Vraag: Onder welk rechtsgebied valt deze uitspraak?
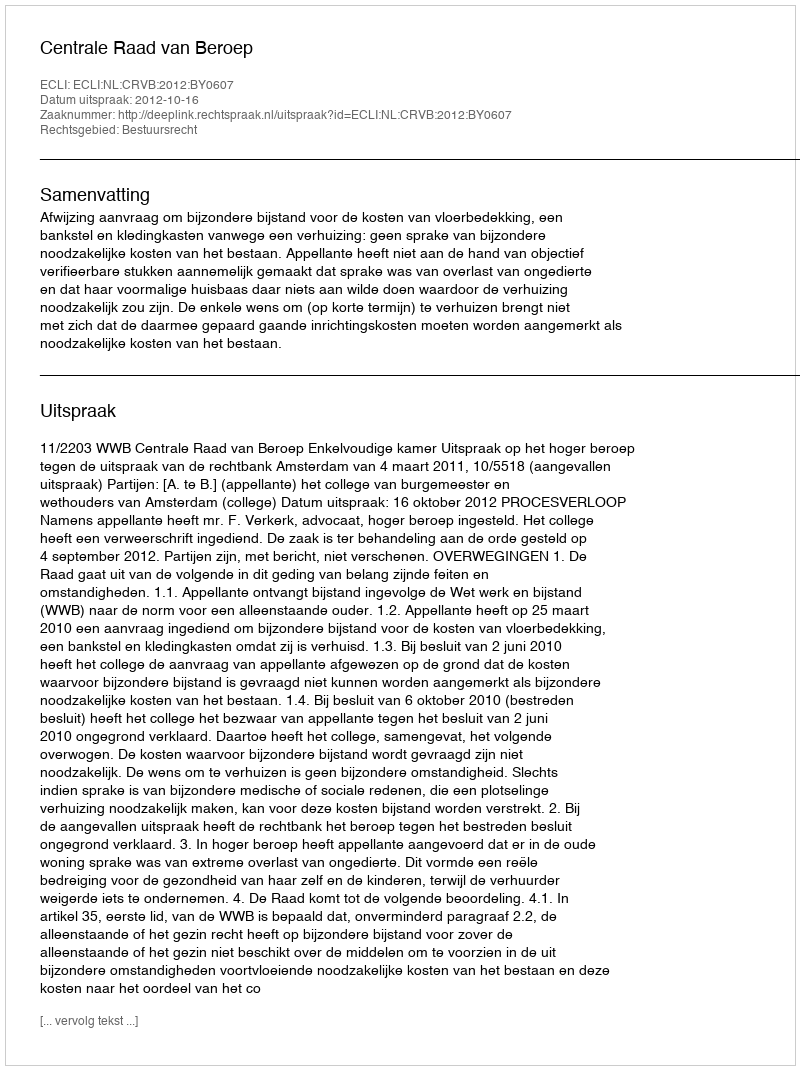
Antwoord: Bestuursrecht